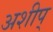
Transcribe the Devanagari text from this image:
अशीप्